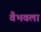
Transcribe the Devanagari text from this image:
वैभवला